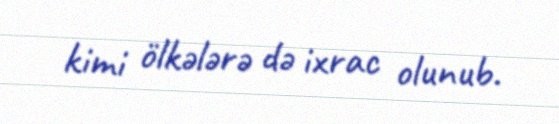
kimi ölkələrə də ixrac olunub.